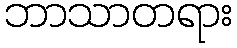
ဘာသာတရား